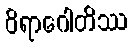
ဝိရာဂေါတိဿ